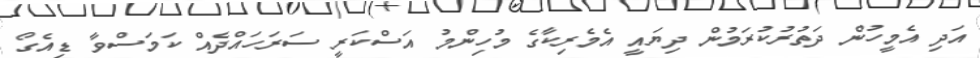
އަދި އެމީހުން ދަތުރުކުރަމުން ދިޔައީ އެމެރިކާގެ މުހިންމު އަސްކަރީ ސަރަހައްދެއް ކަމަސްވާ ޑިއެގޯ